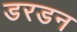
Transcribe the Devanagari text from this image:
डरडन